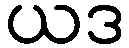
ယဒ